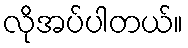
လိုအပ်ပါတယ်။